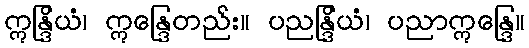
ဣန္ဒြိယံ၊ ဣန္ဒြေတည်း။ ပညန္ဒြိယံ၊ ပညာဣန္ဒြေ။